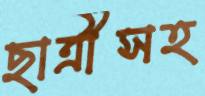
ছাত্রীসহ